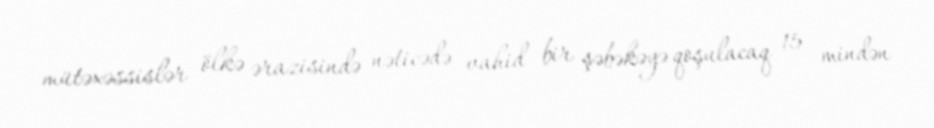
mütəxəssislər ölkə ərazisində nəticədə vahid bir şəbəkəyə qoşulacaq 15 mindən